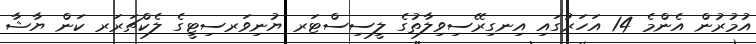
އުމުރުން އެންމެ 14 އަހަރުގައި އިނގިރޭސިވިލާތުގެ ލީސިސްޓަރ ޔުނިވަރސިޓީގެ ލެކްޗަރަރ ކަން ޔާޝާ